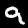
Label: 9